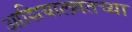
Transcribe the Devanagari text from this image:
आशियालगतच्या